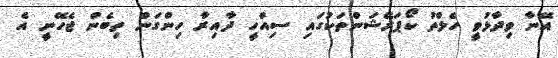
އޭނާ ވިދާޅުވީ ހެލްތު ކޯޕަރޭޝަންތަކުގައި ސިއްހީ ދާއިރާ ހިންގަން ތިބެން ޖެހޭނީ އެ